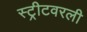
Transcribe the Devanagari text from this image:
स्ट्रीटवरली